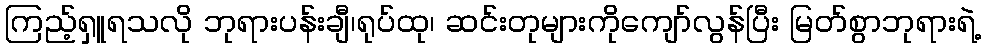
ကြည့်ရှူရသလို ဘုရားပန်းချီ၊ရုပ်ထု၊ ဆင်းတုများကိုကျော်လွန်ပြီး မြတ်စွာဘုရားရဲ့